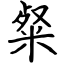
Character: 粲